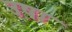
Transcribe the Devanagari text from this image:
उ़षा